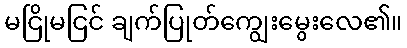
မငြိုမငြင် ချက်ပြုတ်ကျွေးမွေးလေ၏။